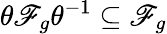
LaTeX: {\theta\mathscr{F}_{g}\theta^{-1}\subseteq\mathscr{F}_{g}}